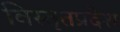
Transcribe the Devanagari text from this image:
विस्तृतप्रदेश